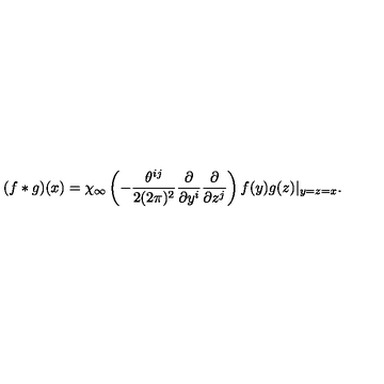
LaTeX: ( f \ast g ) ( x ) = \chi _ { \infty } \left( - \frac { \theta ^ { i j } } { 2 ( 2 \pi ) ^ { 2 } } \frac { \partial } { \partial y ^ { i } } \frac { \partial } { \partial z ^ { j } } \right) f ( y ) g ( z ) | _ { y = z = x } .